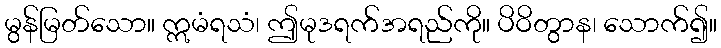
မွန်မြတ်သော။ ဣမံရသံ၊ ဤမုဒရက်အရည်ကို။ ပိဝိတွာန၊ သောက်၍။